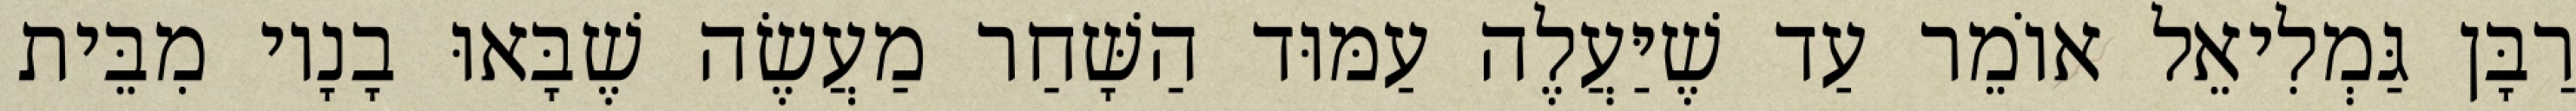
רַבָּן גַּמְלִיאֵל אוֹמֵר עַד שֶׁיַּעֲלֶה עַמּוּד הַשָּׁחַר מַעֲשֶׂה שֶׁבָּאוּ בָנָיו מִבֵּית